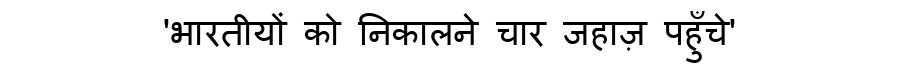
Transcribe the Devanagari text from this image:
'भारतीयों को निकालने चार जहाज़ पहुँचे'